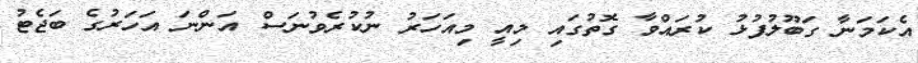
އެކަމަނާ ގަބޫލުފުޅު ކުރައްވާ ގޮތުގައި މިއީ މިއަހަރު ނުކުރެވުނަސް އަންނަ އަހަރުގެ ބަޖެޓު